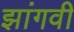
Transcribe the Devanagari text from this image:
झांगवी